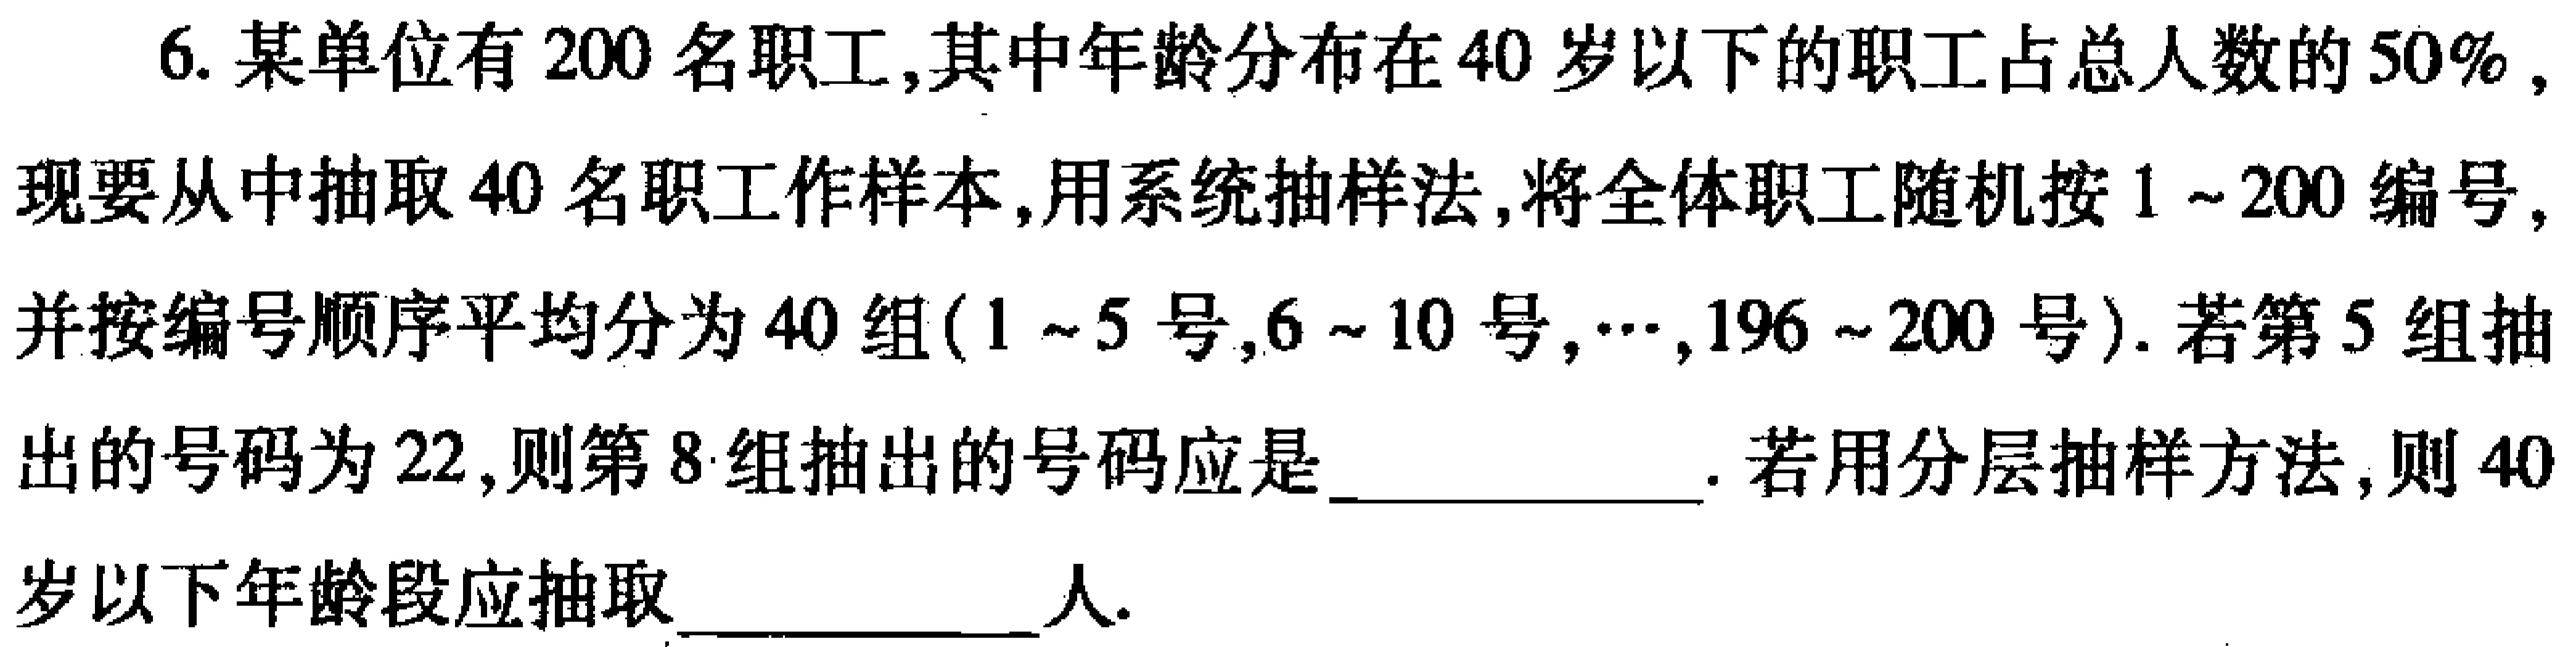
6. 某单位有 \(200\) 名职工，其中年龄分布在 \(40\) 岁以下的职工占总人数的 \(50\%\)，现要从中抽取 \(40\) 名职工作样本，用系统抽样法，将全体职工随机按 \(1\sim200\) 编号，并按编号顺序平均分为 \(40\) 组(\(1\sim5\) 号，\(6\sim10\) 号，\(\cdots\)，\(196\sim200\) 号)。若第 \(5\) 组抽出的号码为 \(22\)，则第 \(8\) 组抽出的号码应是  。若用分层抽样方法，则 \(40\) 岁以下年龄段应抽取  人。